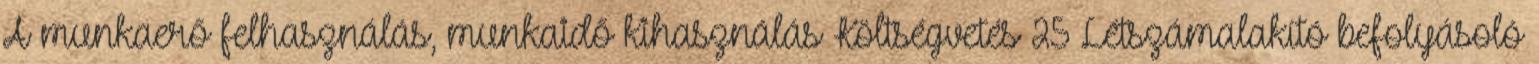
A munkaerő felhasználás, munkaidő kihasználás Költségvetés 25 Létszámalakító befolyásoló